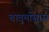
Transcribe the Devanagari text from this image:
चातुर्मासास